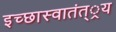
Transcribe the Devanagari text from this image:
इच्छास्वातंत््रय